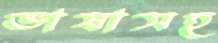
ভাষাসহ